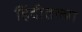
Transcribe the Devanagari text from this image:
हिंदीतल्या